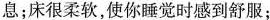
息；床很柔软，使你睡觉时感到舒服；